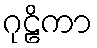
ဂုဠိကာ